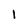
Character: 1